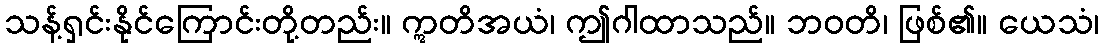
သန့်ရှင်းနိုင်ကြောင်းတို့တည်း။ ဣတိအယံ၊ ဤဂါထာသည်။ ဘဝတိ၊ ဖြစ်၏။ ယေသံ၊